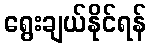
ရွေးချယ်နိုင်ရန်